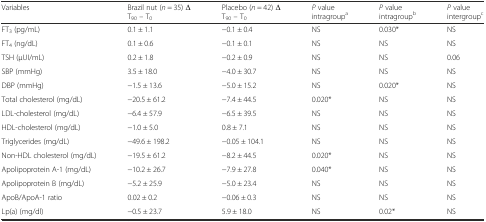
<table><thead><tr><td><b>Variables</b></td><td><b>Brazil nut (<i>n</i> = 35) Δ T<sub>90</sub> – T<sub>0</sub></b></td><td><b>Placebo (<i>n</i> = 42) Δ T<sub>90</sub> – T<sub>0</sub></b></td><td><b><i>P</i> value intragroup<sup>a</sup></b></td><td><b><i>P</i> value intragroup<sup>b</sup></b></td><td><b><i>P</i> value intergroup<sup>c</sup></b></td></tr></thead><tbody><tr><td>FT<sub>3</sub> (pg/mL)</td><td>0.1 ± 1.1</td><td>−0.1 ± 0.4</td><td>NS</td><td>0.030*</td><td>NS</td></tr><tr><td>FT<sub>4</sub> (ng/dL)</td><td>0.1 ± 0.6</td><td>−0.1 ± 0.1</td><td>NS</td><td>NS</td><td>NS</td></tr><tr><td>TSH (μUI/mL)</td><td>0.2 ± 1.8</td><td>−0.2 ± 0.9</td><td>NS</td><td>NS</td><td>0.06</td></tr><tr><td>SBP (mmHg)</td><td>3.5 ± 18.0</td><td>−4.0 ± 30.7</td><td>NS</td><td>NS</td><td>NS</td></tr><tr><td>DBP (mmHg)</td><td>−1.5 ± 13.6</td><td>−5.0 ± 15.2</td><td>NS</td><td>0.020*</td><td>NS</td></tr><tr><td>Total cholesterol (mg/dL)</td><td>−20.5 ± 61.2</td><td>−7.4 ± 44.5</td><td>0.020*</td><td>NS</td><td>NS</td></tr><tr><td>LDL-cholesterol (mg/dL)</td><td>−6.4 ± 57.9</td><td>−6.5 ± 39.5</td><td>NS</td><td>NS</td><td>NS</td></tr><tr><td>HDL-cholesterol (mg/dL)</td><td>−1.0 ± 5.0</td><td>0.8 ± 7.1</td><td>NS</td><td>NS</td><td>NS</td></tr><tr><td>Triglycerides (mg/dL)</td><td>−49.6 ± 198.2</td><td>−0.05 ± 104.1</td><td>NS</td><td>NS</td><td>NS</td></tr><tr><td>Non-HDL cholesterol (mg/dL)</td><td>−19.5 ± 61.2</td><td>−8.2 ± 44.5</td><td>0.020*</td><td>NS</td><td>NS</td></tr><tr><td>Apolipoprotein A-1 (mg/dL)</td><td>−10.2 ± 26.7</td><td>−7.9 ± 27.8</td><td>0.040*</td><td>NS</td><td>NS</td></tr><tr><td>Apolipoprotein B (mg/dL)</td><td>−5.2 ± 25.9</td><td>−5.0 ± 23.4</td><td>NS</td><td>NS</td><td>NS</td></tr><tr><td>ApoB/ApoA-1 ratio</td><td>0.02 ± 0.2</td><td>−0.06 ± 0.3</td><td>NS</td><td>NS</td><td>NS</td></tr><tr><td>Lp(a) (mg/dl)</td><td>−0.5 ± 23.7</td><td>5.9 ± 18.0</td><td>NS</td><td>0.02*</td><td>NS</td></tr></tbody></table>